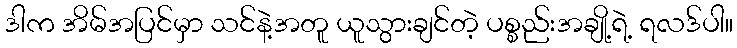
ဒါက အိမ်အပြင်မှာ သင်နဲ့အတူ ယူသွားချင်တဲ့ ပစ္စည်းအချို့ရဲ့ ရလဒ်ပါ။